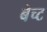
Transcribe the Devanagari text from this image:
बेच्ट